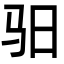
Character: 驲